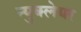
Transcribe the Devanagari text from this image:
न्युक्लेयर